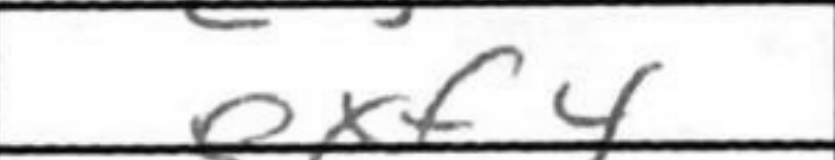
Transcription: exf4